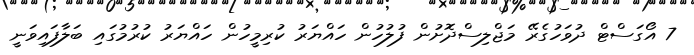
7 އޯގަސްޓް ދުވަހުގެރޭ މަޖްލިސްދޮށުން ފުލުހުން ހައްޔަރު ކުރިމީހުން ހައްޔަރު ކުރުމުގައި ބަލާފައިވަނީ